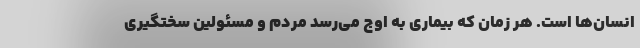
انسان‌ها است. هر زمان که بیماری به اوج می‌رسد مردم و مسئولین سختگیری